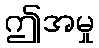
ဤအမှု